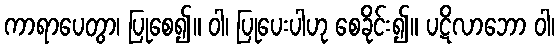
ကာရာပေတွာ၊ ပြုစေ၍။ ဝါ၊ ပြုပေးပါဟု စေခိုင်း၍။ ပဋိလာဘော ဝါ၊